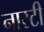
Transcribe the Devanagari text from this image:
नास्टी